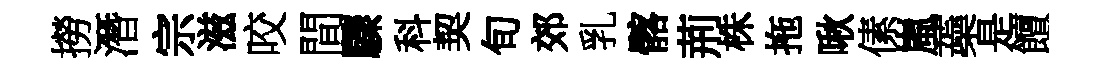
撈潛宗滋咬間驟科契旬郊乳髂荊株拖啾傃嵐蘃是饘